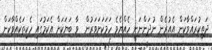
ދަތިކުރައްވާކަން އެއުރެން ނުދަންނަނީ ހެއްޔެވެ ހަމަކަށަވަރުން  ވާ ބަޔަކަށް އެކަމުގައި ހެކިތަކެއްވާކަން